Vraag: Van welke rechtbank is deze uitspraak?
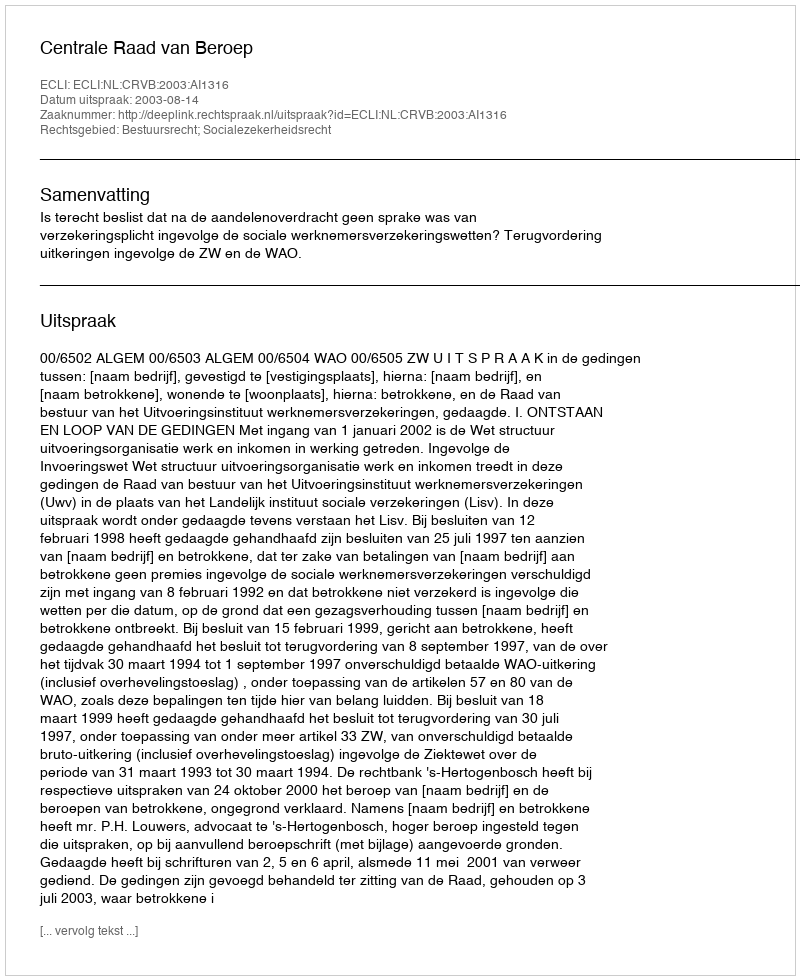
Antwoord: Centrale Raad van Beroep